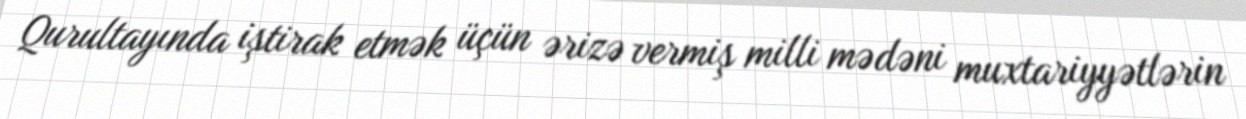
Qurultayında iştirak etmək üçün ərizə vermiş milli mədəni muxtariyyətlərin